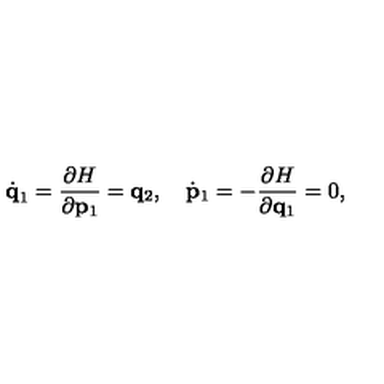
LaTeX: \dot { \bf q } _ { 1 } = { \frac { \partial H } { \partial { \bf p } _ { 1 } } } = { \bf q } _ { 2 } , \quad \dot { \bf p } _ { 1 } = - { \frac { \partial H } { \partial { \bf q } _ { 1 } } } = 0 ,